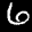
Label: 6